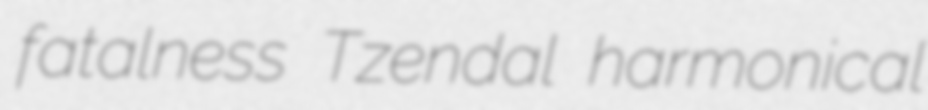
fatalness Tzendal harmonical